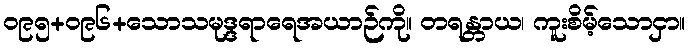
၀၉၅+၀၉၆+သောသမုဒ္ဒရာရေအယာဉ်ကို။ တရန္တာယ၊ ကူးစိမ့်သောငှာ။